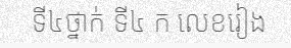
ទី៤ថ្នាក់ ទី៤ ក លេខរៀង